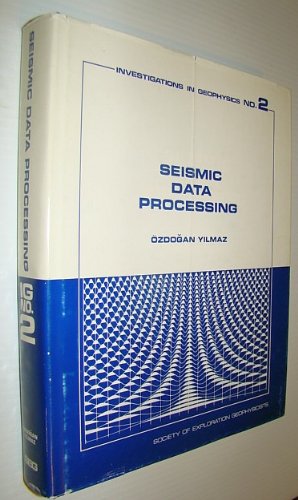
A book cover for Seismic Data Processing (Investigations in Geophysics, Vol 2); Ozdogan Yilmaz; Science & Math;